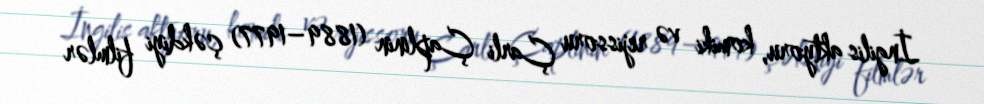
İngilis aktyoru, komiki və rejissoru Çarli Çaplinin (1889–1977) çəkdiyi filmlər